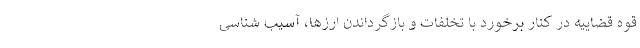
قوه قضاییه در کنار برخورد با تخلفات و بازگرداندن ارزها، آسیب شناسی